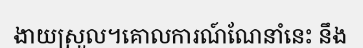
ងាយស្រួល។គោលការណ៍ណែនាំនេះ នឹង